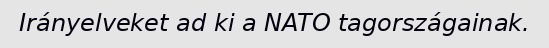
Irányelveket ad ki a NATO tagországainak.